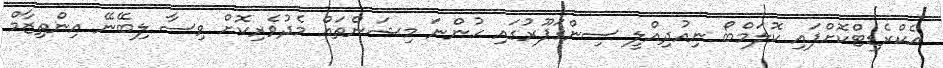
އެކްރެޑިޓްކޮށްފައި ކޮލަމްބޯ ނިއުދިއްލީ ސިންގަޕޫރުގައި ހުންނަ މިޝަންތައް މެދުވެރިކޮށް ވިސާ ލިބޭނޭ އިންތިޒާމް